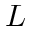
L